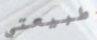
طبيعتي